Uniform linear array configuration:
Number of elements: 48
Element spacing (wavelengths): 0.5
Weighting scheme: binomial
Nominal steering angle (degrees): -60
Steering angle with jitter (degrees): -61.954
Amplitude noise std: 0.05
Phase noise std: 0.05

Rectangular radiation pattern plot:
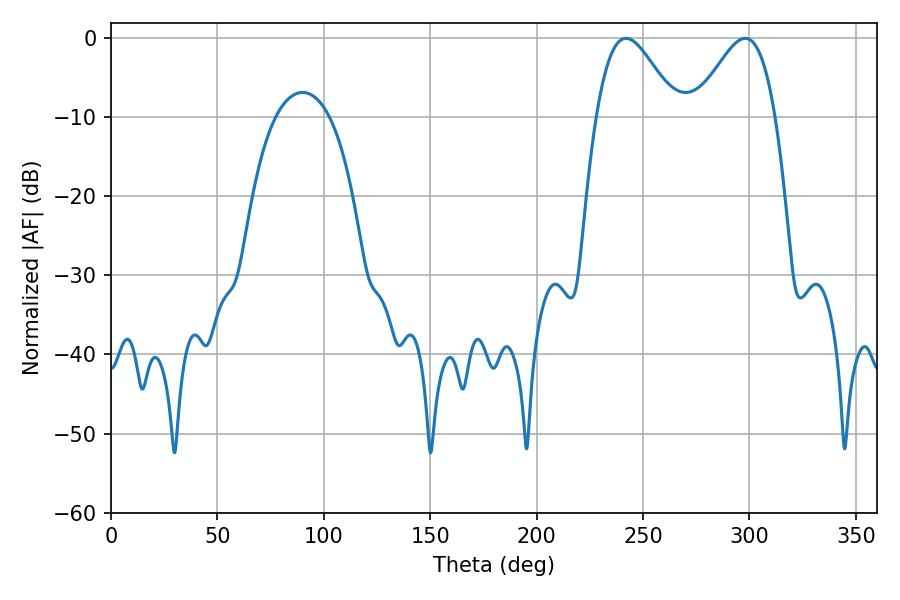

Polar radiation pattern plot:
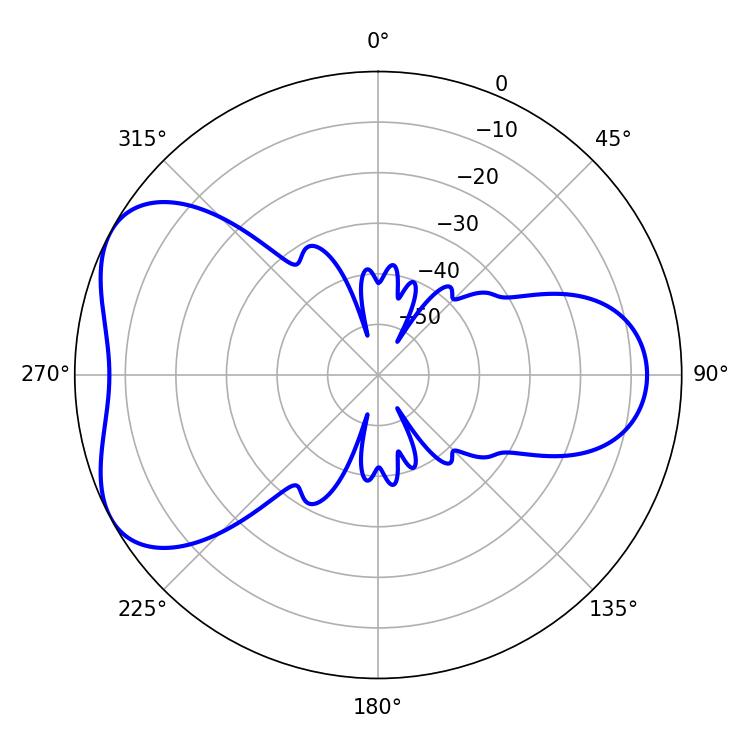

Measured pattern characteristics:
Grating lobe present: FALSE
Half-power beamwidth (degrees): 19.98
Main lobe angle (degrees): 241.92